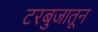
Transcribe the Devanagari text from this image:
टरबुजातून